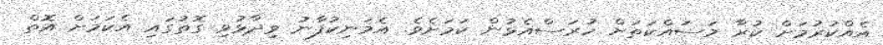
އެއްކުރުމަށް ކުރާ މަސައްކަތަށް ހުރަސްއެޅުން ކަމަށެވެ. އެމަނިކުފާނު ވިދާޅުވި ގޮތުގައި އެކަމަށް އޮތް